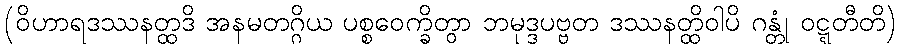
(ဝိဟာရဒဿနတ္ထဒိ အနမတဂ္ဂိယ ပစ္စဝေက္ခိတွာ ဘမုဒ္ဒပဗ္ဗတ ဒဿနတ္ထိဝါပိ ဂန္တုံ ဝဋ္ဋတီတိ)